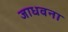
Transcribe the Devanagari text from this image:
जाधवना